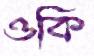
ওকি